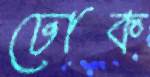
ঢোক